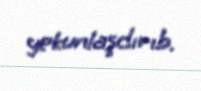
yekunlaşdırıb.